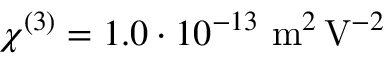
\ensuremath { \chi ^ { ( 3 ) } } = 1 . 0 \cdot 1 0 ^ { - 1 3 } \ensuremath { ~ \mathrm { m } ^ { 2 } \, \mathrm { V } ^ { - 2 } }